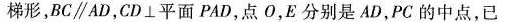
梯形，BC\parallel AD，CD\bot 平面PAD，点O，E分别是AD，PC的中点，已